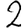
Digit: 2